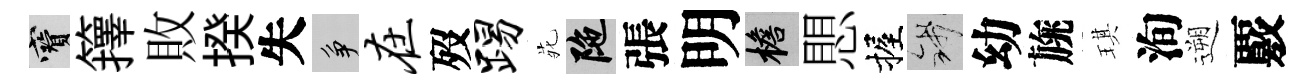
寶籜敗揆失争在歿踢𫟍陀張明檐愳握錢幼旐琪洵遡覈